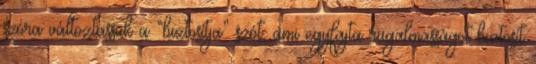
szóra változtassuk a “biztosítja” szót, ami egyfajta rugalmasságot biztosít